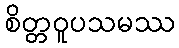
စိတ္တဝူပသမဿ